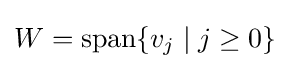
W=\operatorname {span} \{v_{j}\mid j\geq 0\}